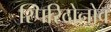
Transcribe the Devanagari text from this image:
स्पिरिदोनोव